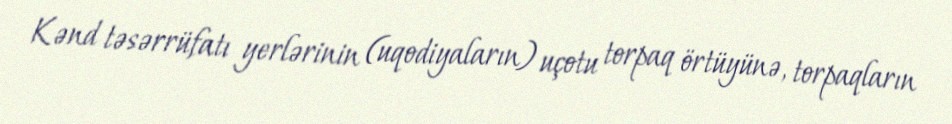
Kənd təsərrüfatı yerlərinin (uqodiyaların) uçotu torpaq örtüyünə, torpaqların